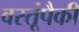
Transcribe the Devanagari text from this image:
वस्तूंपैकी